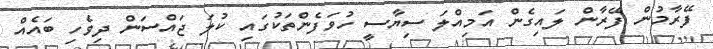
ފޭރާމުން ފޭރާން ލައިގެން އަމިއްލަ ސިޔާސީ ހުވަފެންތަކުގައި ކުލަ ޖައްސަން ދިވެހި ބައެއް